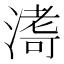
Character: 𭱹